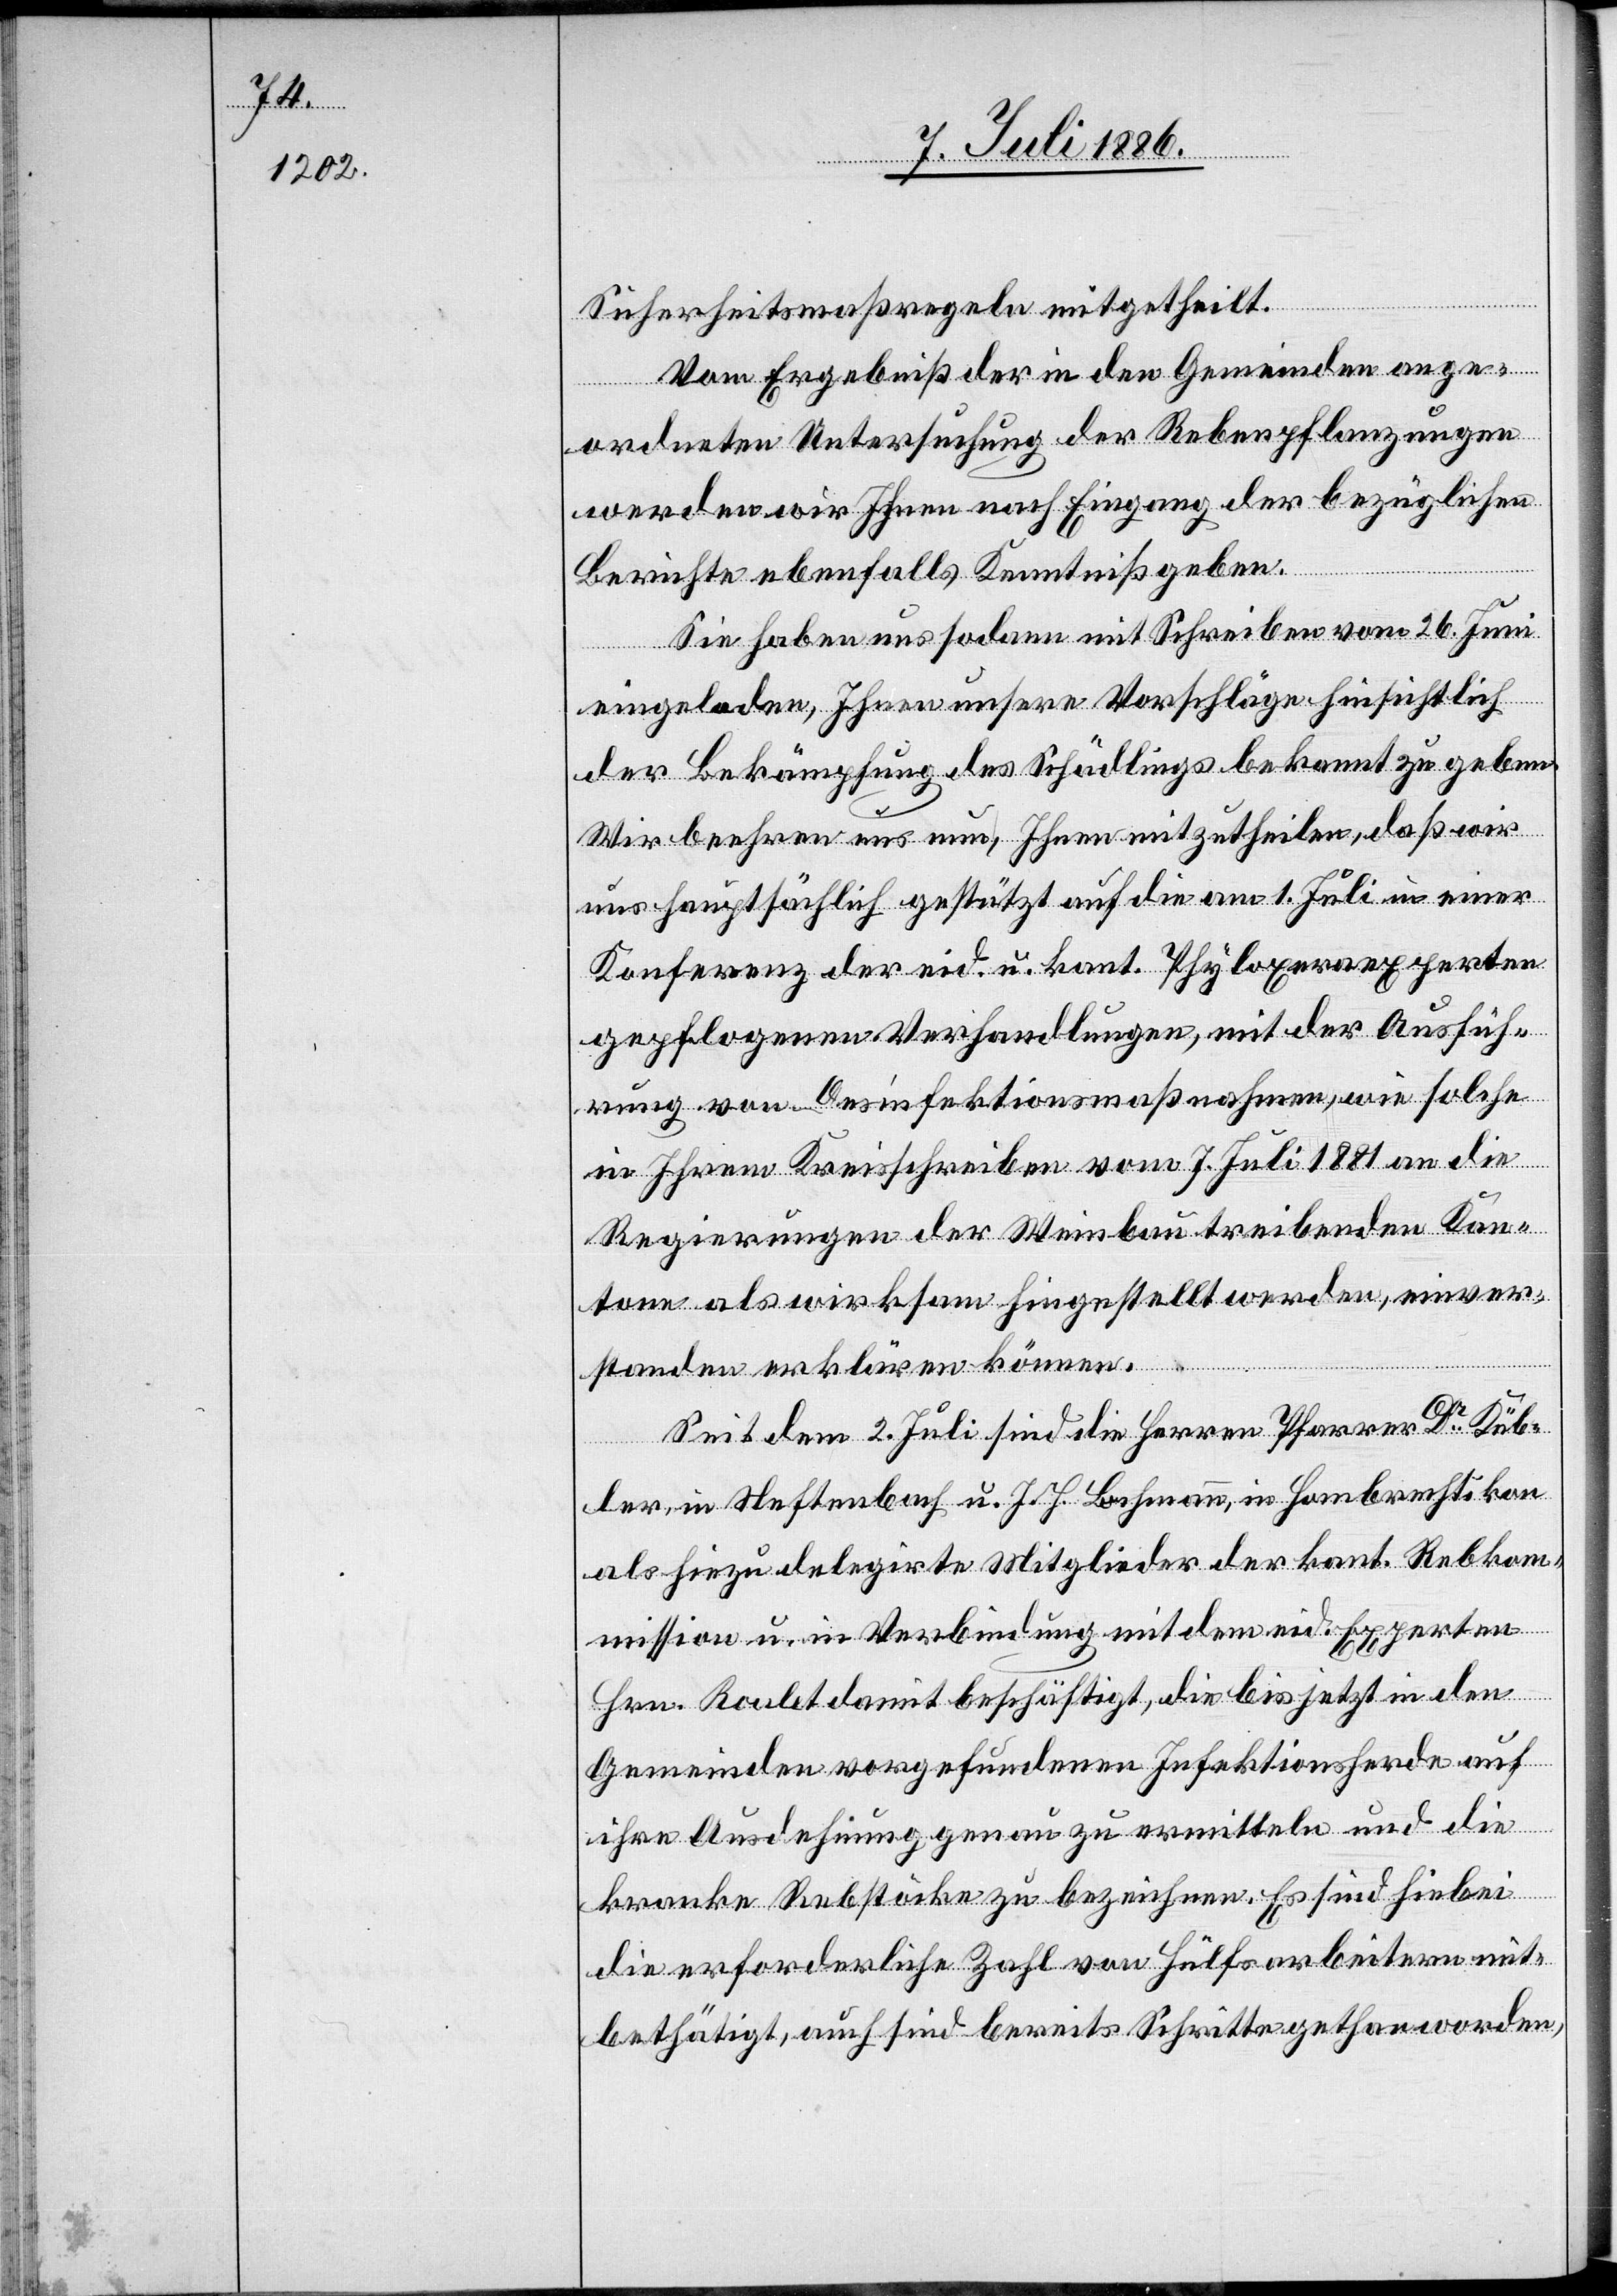
Sicherheitsmaßregeln mitgetheilt.
Vom Ergebniß der in den Gemeinden ange¬
ordneten Untersuchung der Rebenpflanzungen
werden wir Ihnen nach Eingang der bezüglichen
Berichte ebenfalls Kenntniß geben.
Sie haben uns sodann mit Schreiben vom 26. Juni
eingeladen, Ihnen unsere Vorschläge hinsichtlich
der Bekämpfung des Schädlings bekannt zu geben.
Wir beehren uns, Ihnen mitzutheilen, daß wir
uns hauptsächlich gestützt auf die am 1. Juli in einer
Konferenz der eid. u. kant. Phyl[l]oxeraexperten
gepflogenen Verhandlungen, mit der Ausfüh¬
rung von Desinfektionsmaßnahmen, wie solche
in Ihrem Kreisschreiben vom 7. Juli 1881 an die
Regierungen der Weinbau treibenden Kan¬
tone als wirksam hingestellt werden, einver¬
standen erklären können.
Seit dem 2. Juli sind die Herren Pfarrer Dr Küb¬
ler, in Neftenbach u. I. H. Bachmann, in Hombrechtikon
als hiezu delegirte Mitglieder der kant. Reblaus¬
mission u. in Verbindung mit dem eid. Experten
kom¬
Hrn. Roulet damit beschäftigt, die bis jetzt in den
Gemeinden vorgefundenen Infektionsherde auf
ihre Ausdehnung genau zu ermitteln und die
kranke[n] Rebstöcke zu bezeichnen. Es sind hiebei
die erforderliche Zahl von Hülfsarbeitern mit¬
bethätigt, auch sind bereits Schritte gethan worden,